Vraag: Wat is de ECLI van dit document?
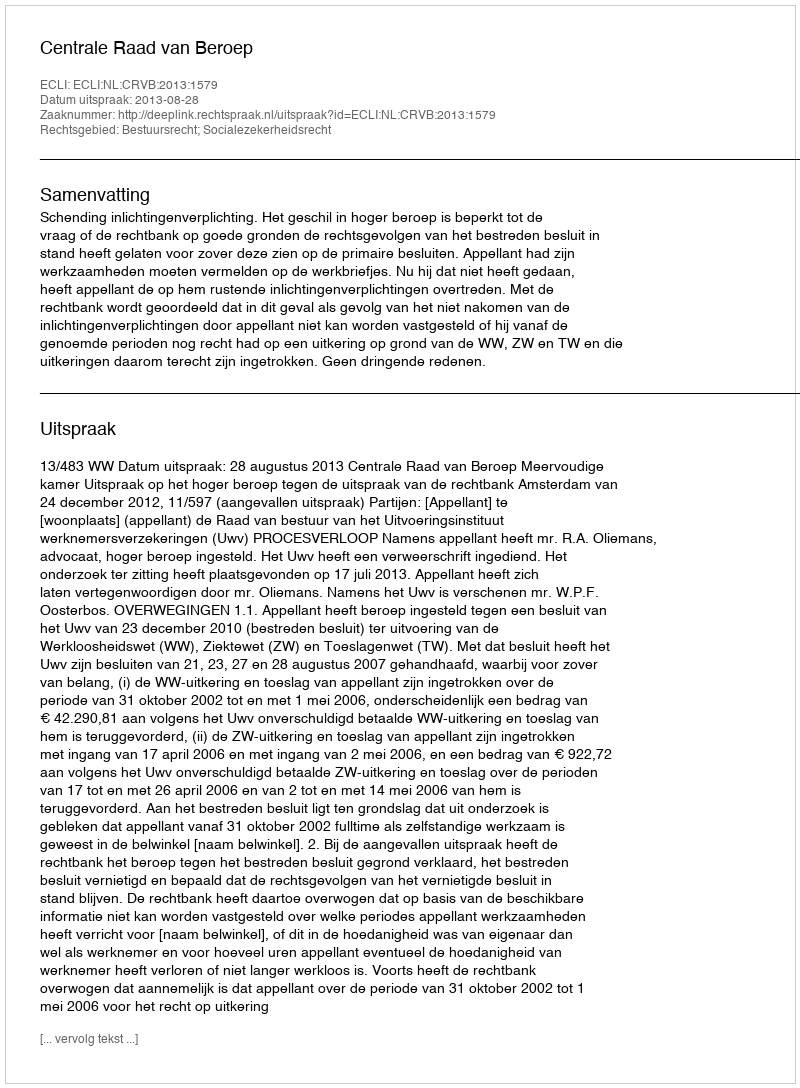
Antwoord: ECLI:NL:CRVB:2013:1579